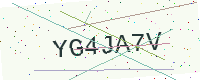
Text: YG4JA7V